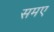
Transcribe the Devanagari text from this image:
समए